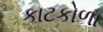
કાટકોળા